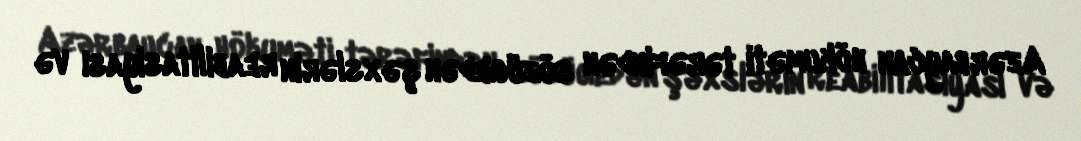
Azərbaycan hökuməti tərəfindən sözügedən şəxslərin reabilitasiyası və